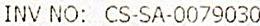
INV NO: CS-SA-0079030